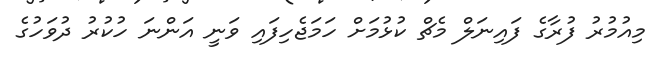
މިއުމުރު ފުރާގެ ފައިނަލް މެޗް ކުޅުމަށް ހަމަޖެހިފައި ވަނީ އަންނަ ހުކުރު ދުވަހުގެ